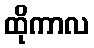
ထိုကာလ